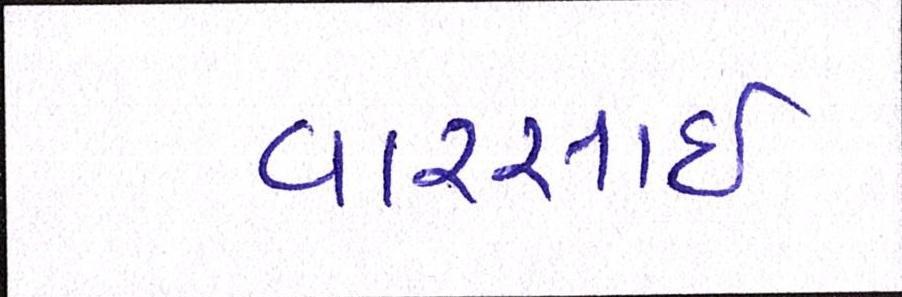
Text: વારસાઇ